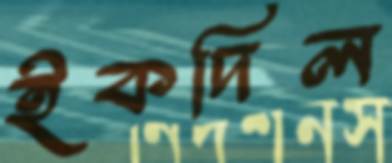
ইকদিল